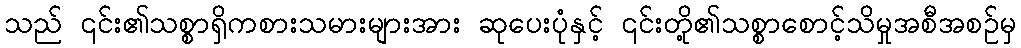
သည် ၎င်း၏သစ္စာရှိကစားသမားများအား ဆုပေးပုံနှင့် ၎င်းတို့၏သစ္စာစောင့်သိမှုအစီအစဉ်မှ